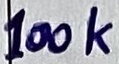
Text: 100k